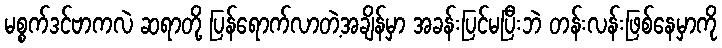
မစ္စက်ဒင်ဗာကလဲ ဆရာတို့ ပြန်ရောက်လာတဲ့အချိန်မှာ အခန်းပြင်မပြီးဘဲ တန်းလန်းဖြစ်နေမှာကို